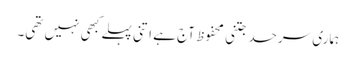
ہماری سرحد جتنی محفوظ آج ہے اتنی پہلے کبھی نہیں تھی۔